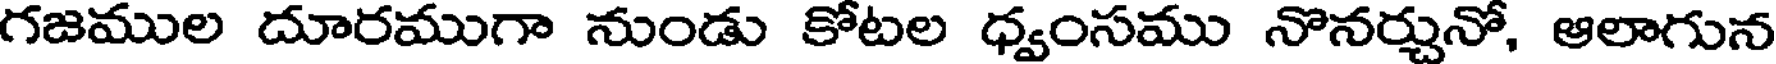
గజముల దూరముగా నుండు కోటల ధ్వంసము నొనర్చునో, ఆలాగున